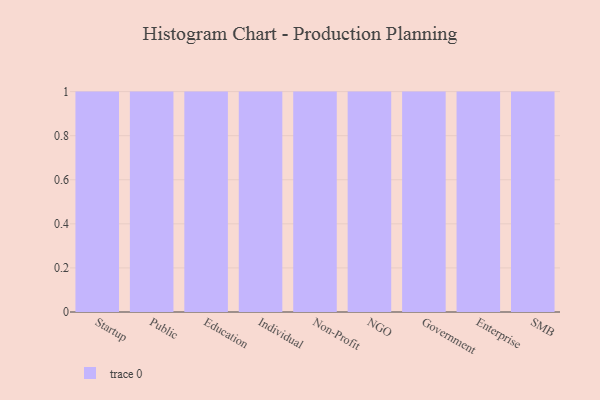
{"axis": {"x": "Segment", "y": "Backlog"}, "legend": [""], "data": [{"x": "Startup", "y": 75, "type": ""}, {"x": "Public", "y": 77, "type": ""}, {"x": "Education", "y": 95, "type": ""}, {"x": "Individual", "y": 90, "type": ""}, {"x": "Non-Profit", "y": 17, "type": ""}, {"x": "NGO", "y": 62, "type": ""}, {"x": "Government", "y": 55, "type": ""}, {"x": "Enterprise", "y": 67, "type": ""}, {"x": "SMB", "y": 48, "type": ""}]}